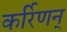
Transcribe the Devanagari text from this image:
कर्रिणन्